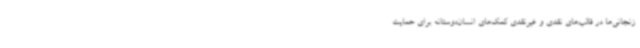
زنجانی‌ها در قالب‌های نقدی و غیرنقدی کمک‌های انسان‌دوستانه برای حمایت